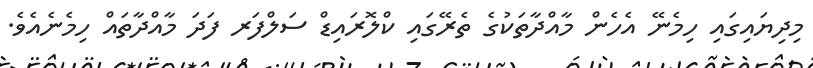
މިދިޔައިގައި ހިމެނޭ އެހެން މާއްދާތަކުގެ ތެރޭގައި ކްލޮރައިޑް ސަލްފަރ ފަދަ މާއްދާތައް ހިމެނެއެވެ.